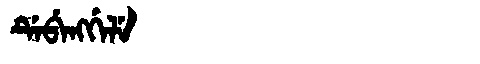
Manchu: ᡩᡝᠪᡝᠩᡤᡝᠯᡝ
Romanization: DEBENGGELE